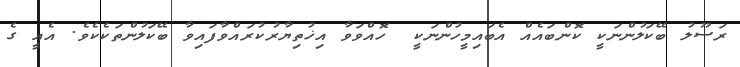
ރަސޫލު ބޭކަލުންނަކީ ކޮންބައެއް އެބައިމީހުންނަކީ  ހޮއްވަވާ އިޚުތިޔާރުކުރައްވާފައިވާ ބޭކަލުންތަކެކެވެ. އެއީ ގެ